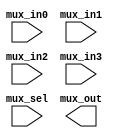
// SPDX-License-Identifier: Apache-2.0
// Copyright (C) 2019 Intel Corporation. 
//****************************************************************************************
// Copyright (C) 2011 Altera Corporation. 
//
//****************************************************************************************

//------------------------------------------------------------------------
// Description: standard 4 to 1 mux
//
//------------------------------------------------------------------------

module altr_hps_mux41
    (
    input  wire              mux_in0,     // mux in 0
    input  wire              mux_in1,     // mux in 1
    input  wire              mux_in2,     // mux in 1
    input  wire              mux_in3,     // mux in 1
    input  wire [1:0]        mux_sel,     // mux selector
    output wire             mux_out      // mux out
     );

`ifdef ALTR_HPS_INTEL_MACROS_OFF
    assign mux_out = mux_sel[1] ? 
            mux_sel[0] ? mux_in3 : mux_in2 :
            mux_sel[0] ? mux_in1 : mux_in0;
`else
`endif

endmodule // altr_hps_mux41